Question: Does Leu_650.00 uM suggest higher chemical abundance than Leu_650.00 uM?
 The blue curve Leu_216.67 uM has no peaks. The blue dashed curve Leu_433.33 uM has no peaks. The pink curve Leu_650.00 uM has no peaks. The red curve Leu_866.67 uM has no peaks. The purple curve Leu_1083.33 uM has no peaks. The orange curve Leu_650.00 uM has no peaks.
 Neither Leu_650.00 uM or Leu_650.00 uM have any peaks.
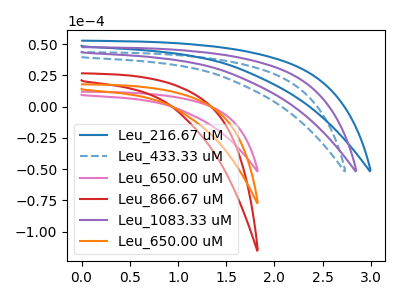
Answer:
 <answer>I cant tell if "Leu_650.00 uM" or "Leu_650.00 uM" has more signal.</answer>
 <eval>mixed_signal</eval>